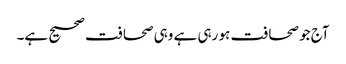
آج جو صحافت ہو رہی ہے وہی صحافت صحیح ہے۔